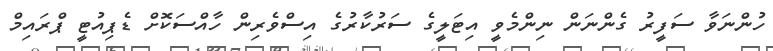
ހުންނަވާ ސަފީރު ގެންނަން ނިންމެވީ އިޓަލީގެ ސަރުކާރުގެ އިސްވެރިން ހާއްސަކޮށް ޑެޕިއުޓީ ޕްރައިމް